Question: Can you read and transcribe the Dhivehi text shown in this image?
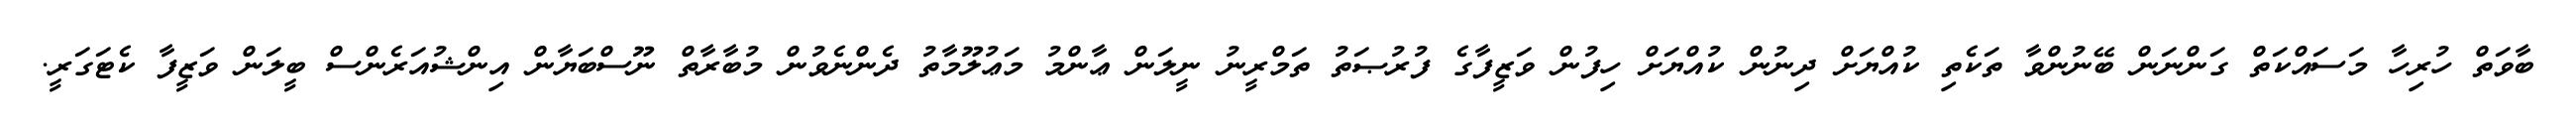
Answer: ބާވަތް ހުރިހާ މަސައްކަތް ގަންނަން ބޭނުންވާ ތަކެތި ކުއްޔަށް ދިނުން ކުއްޔަށް ހިފުން ވަޒީފާގެ ފުރުޞަތު ތަމްރީނު ނީލަން ޢާންމު މަޢުލޫމާތު ދެންނެވުން މުބާރާތް ނޫސްބަޔާން އިންޝުއަރެންސް ބީލަން ވަޒީފާ ކެޓަގަރީ.